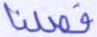
فصلنا